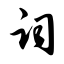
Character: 词